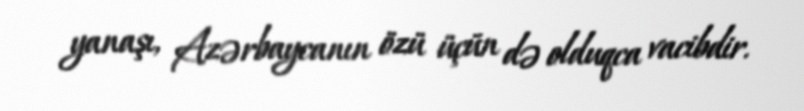
yanaşı, Azərbaycanın özü üçün də olduqca vacibdir.